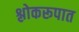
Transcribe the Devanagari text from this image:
श्लोकरूपात